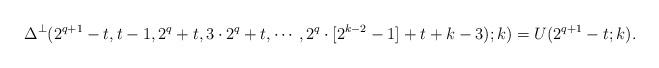
LaTeX: \begin{align*} \Delta^\perp(2^{q+1}-t,t-1, 2^q+t, 3\cdot 2^q +t, \cdots, 2^q\cdot [2^{k-2}-1]+t+k-3);k)=U(2^{q+1}-t;k). \end{align*}